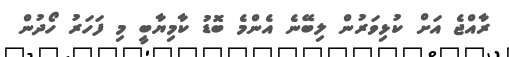
ރާއްޖެ އަށް ކުޅިވަރުން ލިބޭނެ އެންމެ ބޮޑު ކާމިޔާބީ މި ފަހަރު ހޯދުން